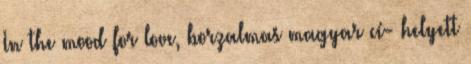
In the mood for love, borzalmas magyar cí- helyett